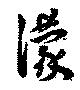
濛